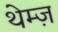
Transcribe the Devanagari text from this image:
थेम्ज़